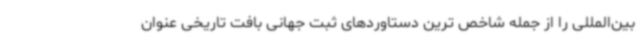
بین‌المللی را از جمله شاخص ترین دستاوردهای ثبت جهانی بافت تاریخی عنوان